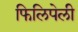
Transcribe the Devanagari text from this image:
फिलिपेली